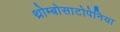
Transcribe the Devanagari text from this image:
थ्रोम्बोसाटोपेनिया